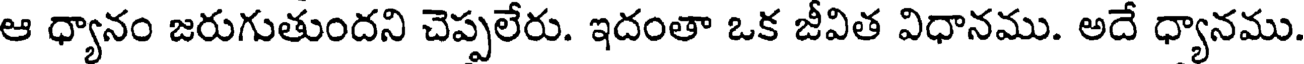
ఆ ధ్యానం జరుగుతుందని చెప్పలేరు. ఇదంతా ఒక జీవిత విధానము. అదే ధ్యానము.